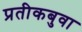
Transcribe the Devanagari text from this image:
प्रतीकबुवा